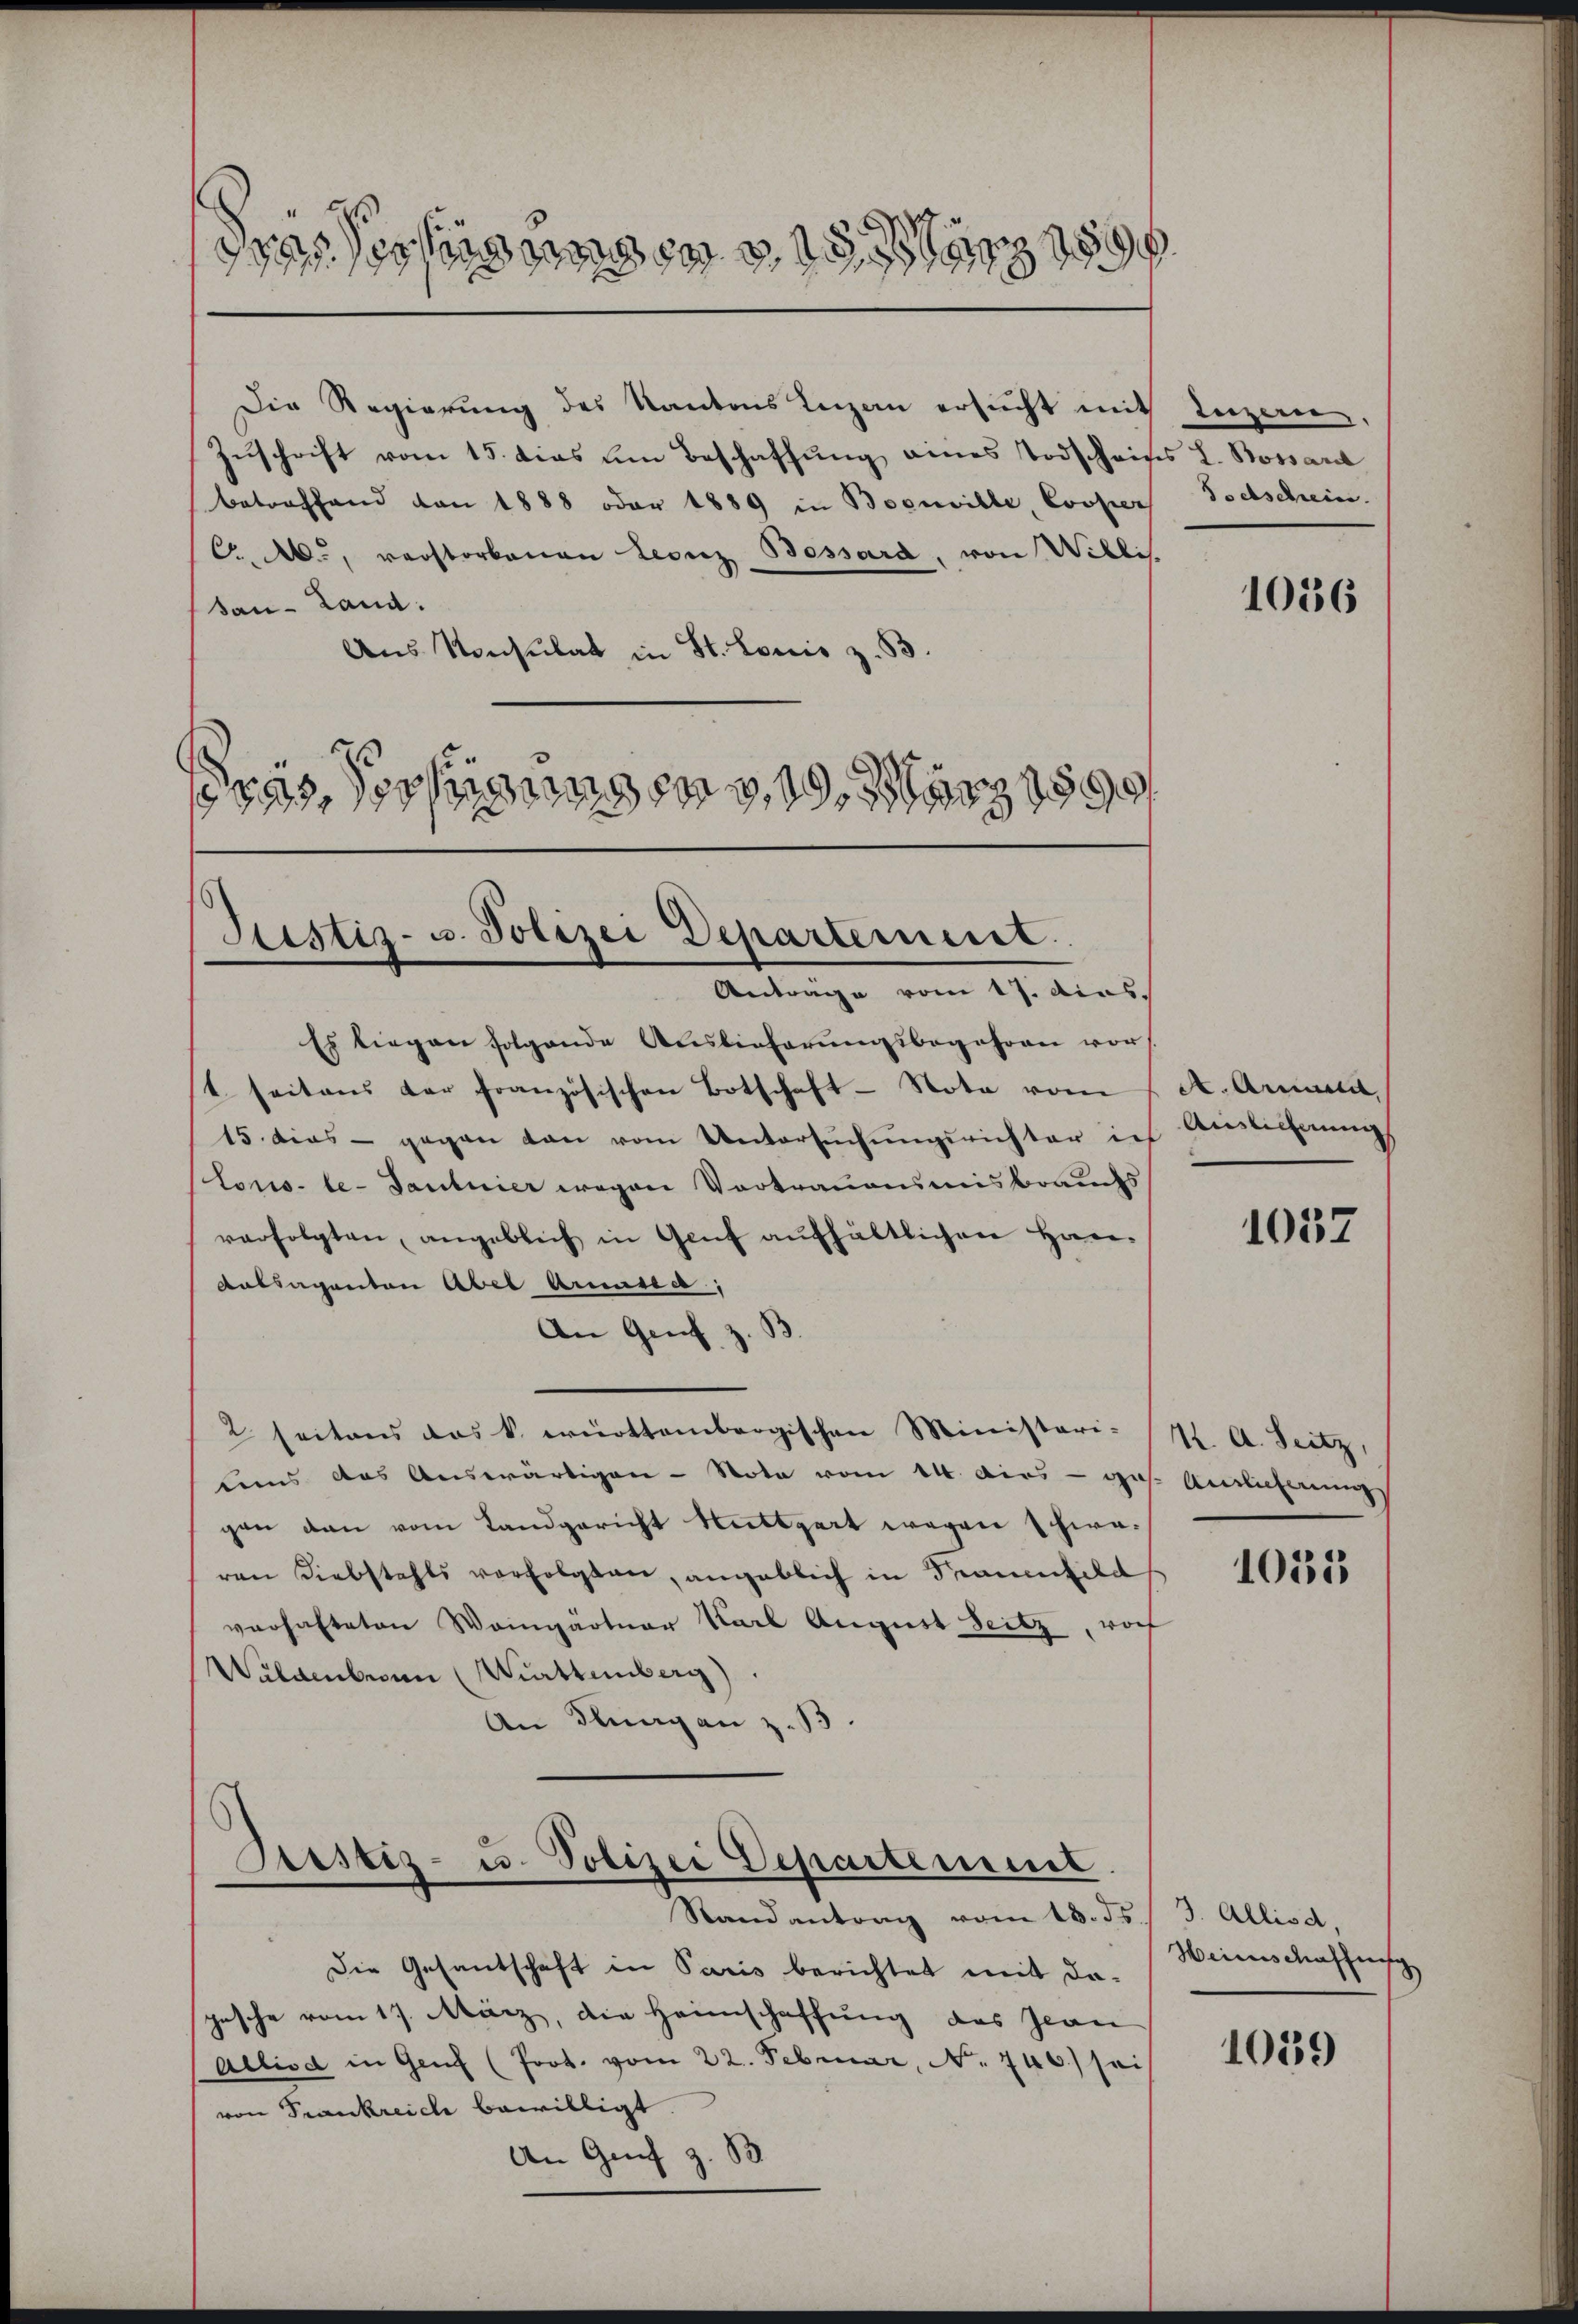
dres Verfügungen 18

Anträge vom 17. dies
Es liegen folgende Auslieferungsbegehren vor
t. seitens der französischen Botschaft Nota vom
15. dies - gegen dan vom Untersuchungsrichter ich
(toris-le-Tautnier wegen Vortrauensmisbrauchs
verfolgten, angeblich in Genf aufhältlichen Han-
Antsagenton Abel Armusia,
An Genf z.
2 seitens das k. württembergischen Ministeri- (M. A. Seitz,
eis das Auswärtigen - Note vom 14. dies - ge
gen dan vom Landgericht Muttert wegen schwe-
van Diebstahls vorfolgten, angeblich in Trauenfeld
verhalteten Weingärtner Karl August Seitz, vorf
Wildenbrunn (Württemberg)
An Klagen z. B

Die Regierung des Kantons Luzen ersucht mit Luzern,
Zuschrift vom 15. dies um Beschaffung eines Todscheines L. Bossard
betreffend von 1888 oder 1889 in Boeuville, Cooper Tochschein.
C., verstorbenen Leonz Bessard, von Willis.
an-Land:
Aus Konsulat in St. Louis z. B.
rys, Verfügungen, 19. März 1899/

Justiz- u. Polizei Departement.

Bestiz- u. Polizei Departement.
Randantrag vom 18. ds. 3. Allis d.

Die Gesantschaft in Paris berichtet mit da-
gesche vom 17. März, die Heimschaffung des Jean
aelisa in Genf (Prot. vom 22. Februar, N. 746.) sei
von Frankreich bewilligt.
An Genf z. B

1036

A Armutet,
Ainlichnung

1057

Antlicherung

1035

Heimschaffung

1059